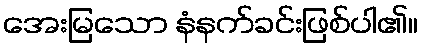
အေးမြသော နံနက်ခင်းဖြစ်ပါ၏။